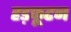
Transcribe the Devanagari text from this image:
हड़फूटन